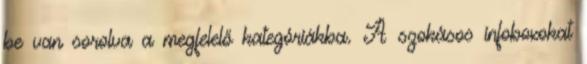
be van sorolva a megfelelő kategóriákba. A szokásos infoboxokat